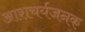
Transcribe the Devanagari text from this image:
आशचर्यजनक